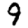
Digit: 9